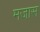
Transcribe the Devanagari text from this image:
मजास